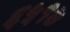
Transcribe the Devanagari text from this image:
६५१७